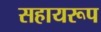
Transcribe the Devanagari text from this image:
सहायरूप